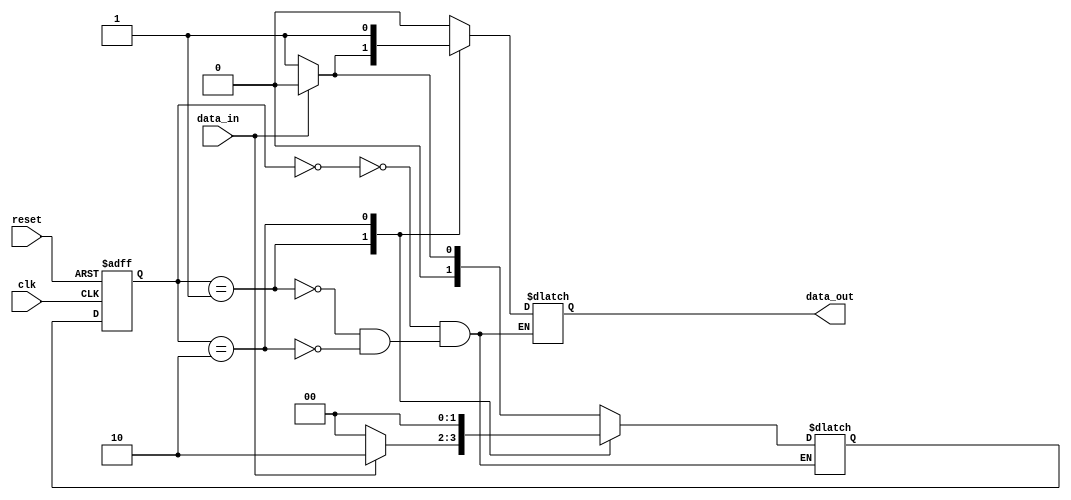
module mealy_state_machine (
    input wire clk,
    input wire reset,
    input wire data_in,
    output reg data_out
);

// State enumeration
parameter S0 = 2'b00;
parameter S1 = 2'b01;
parameter S2 = 2'b10;

// State register
reg [1:0] state_reg;
reg [1:0] next_state;

// Output register
reg data_out_reg;

// Combinational logic for state transitions and output generation
always @ (posedge clk or posedge reset) begin
    if (reset) begin
        state_reg <= S0;
    end
    else begin
        state_reg <= next_state;
    end
end

always @ (*) begin
    case (state_reg)
        S0: begin
            if (data_in == 1'b0) begin
                next_state = S1;
                data_out_reg = 1'b0;
            end
            else begin
                next_state = S0;
                data_out_reg = 1'b0;
            end
        end
        S1: begin
            if (data_in == 1'b0) begin
                next_state = S0;
                data_out_reg = 1'b1;
            end
            else begin
                next_state = S2;
                data_out_reg = 1'b0;
            end
        end
        S2: begin
            next_state = S0;
            data_out_reg = 1'b1;
        end
    endcase
end

// Output assignment
assign data_out = data_out_reg;

endmodule